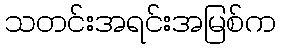
သတင်းအရင်းအမြစ်က